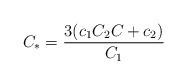
LaTeX: \begin{align*}C_\ast =\frac{3(c_1C_2C+c_2)}{C_1}\end{align*}